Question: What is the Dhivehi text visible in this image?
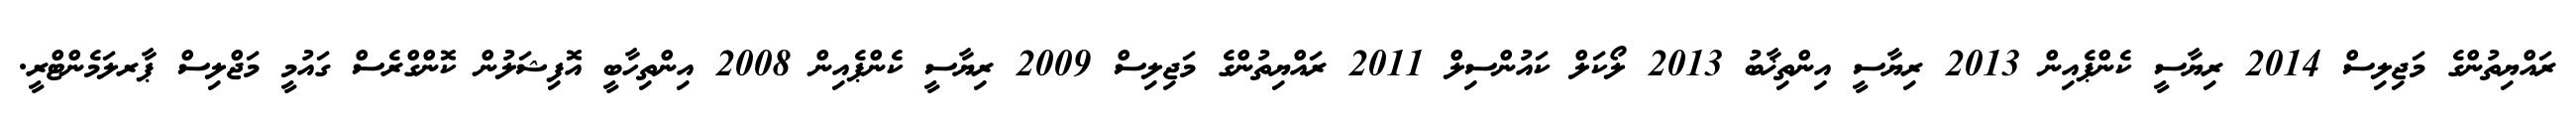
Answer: ރައްޔިތުންގެ މަޖިލިސް 2014 ރިޔާސީ ކެންޕެއިން 2013 ރިޔާސީ އިންތިޚާބު 2013 ލޯކަލް ކައުންސިލް 2011 ރައްޔިތުންގެ މަޖިލިސް 2009 ރިޔާސީ ކެންޕެއިން 2008 އިންތިހާބީ އޮފިޝަލުން ކޮންގްރެސް ގައުމީ މަޖްލިސް ޕާރލަމެންޓްރީ.